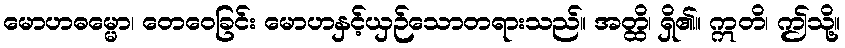
မောဟဓမ္မော၊ တေဝေခြင်း မောဟနှင့်ယှဉ်သောတရားသည်။ အတ္ထိ၊ ရှိ၏။ ဣတိ၊ ဤသို့။